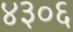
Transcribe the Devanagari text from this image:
४३०६